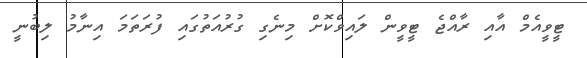
ޓީވީއެމް އާއި ރާއްޖެ ޓީވީން ލައިވްކޮށް މިނެގި ގުރުއަތުގައި ފުރަތަމަ އިނާމު ލިބުނީ